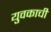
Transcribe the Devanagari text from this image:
युवकाची